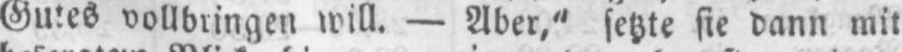
vollbringen will. - Aber,“ setzte sie dann mit